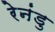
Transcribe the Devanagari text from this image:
रेनंडु